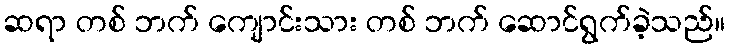
ဆရာ တစ် ဘက် ကျောင်းသား တစ် ဘက် ဆောင်ရွက်ခဲ့သည်။